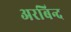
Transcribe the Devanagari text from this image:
अरबिन्द